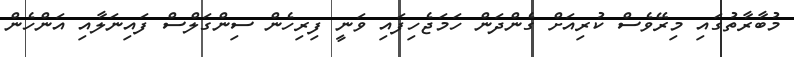
މުބާރާތުގައި މިރޭވެސް ކުރިއަށް ގެންދަން ހަމަޖެހިފައި ވަނީ ފިރިހެން ސިންގަލްސް ފައިނަލާއި އަންހެން